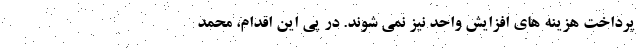
پرداخت هزینه های افزایش واحد نیز نمی شوند. در پی این اقدام، محمد